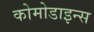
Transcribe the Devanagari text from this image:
कोमोडाइन्स